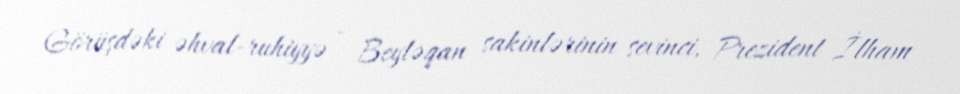
Görüşdəki əhval-ruhiyyə - Beyləqan sakinlərinin sevinci, Prezident İlham